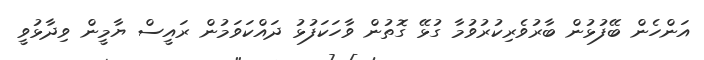
އަންހެން ބޭފުޅުން ބާރުވެރިކުރުވުމާ ގުޅޭ ގޮތުން ވާހަކަފުޅު ދައްކަވަމުން ރައީސް ޔާމީން ވިދާޅުވީ